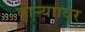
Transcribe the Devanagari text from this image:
वाऱ्याावर